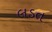
લડત